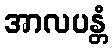
အာလပန္တံ